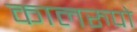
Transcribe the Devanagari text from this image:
कालरुपो